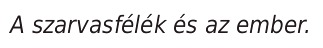
A szarvasfélék és az ember.